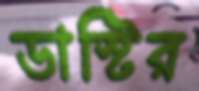
ডাস্টির